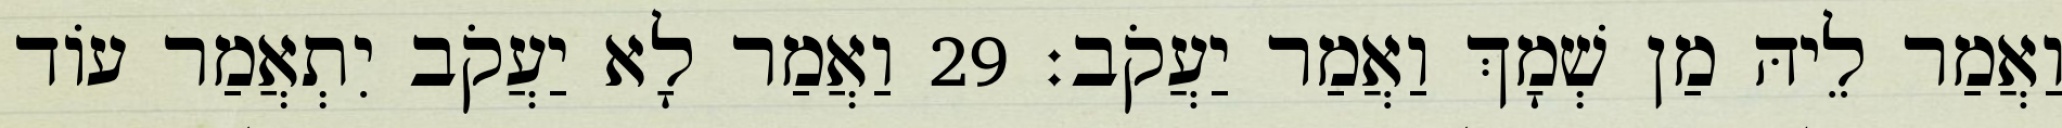
וַאֲמַר לֵיהּ מַן שְׁמָךְ וַאֲמַר יַעֲקֹב׃ 29 וַאֲמַר לָא יַעֲקֹב יִתְאֲמַר עוֹד